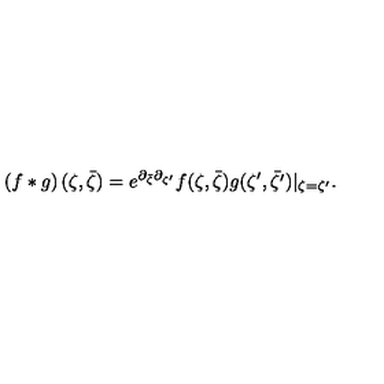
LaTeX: \left( f * g \right) ( \zeta , \bar { \zeta } ) = e ^ { \partial _ { { \bar { \zeta } } } \partial _ { { \zeta ^ { \prime } } } } f ( \zeta , \bar { \zeta } ) g ( \zeta ^ { \prime } , \bar { \zeta ^ { \prime } } ) | _ { \zeta = \zeta ^ { \prime } } .